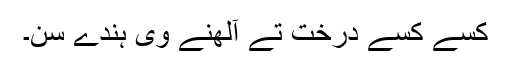
کسے کسے درخت تے آلھنے وی ہُندے سن۔